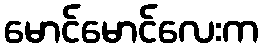
မောင်မောင်လေးက